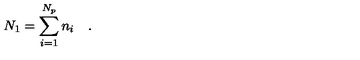
N _ { 1 } = \sum _ { i = 1 } ^ { N _ { p } } n _ { i } \quad .